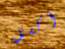
أكسل